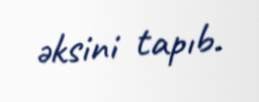
əksini tapıb.